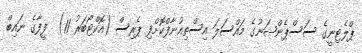
ޕްލެޓިނީގެ ސަސްޕެންޝަނުގެ މައްސަލަ އިސްތިއުނާފްކޮށްފި ޕެރިސް (އޮކްޓޯބަރު 11)  ފީފާގެ ނައިބް